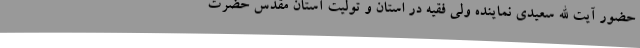
حضور آیت الله سعیدی نماینده ولی فقیه در استان و تولیت آستان مقدس حضرت